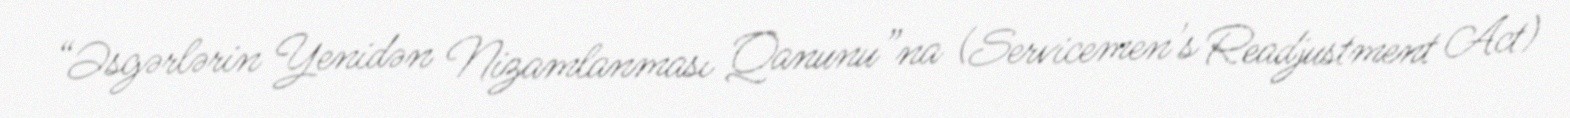
“Əsgərlərin Yenidən Nizamlanması Qanunu”na (Servicemen's Readjustment Act)